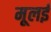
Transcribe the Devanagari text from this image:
मूलई